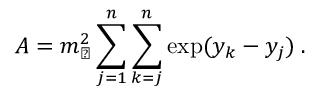
A = m _ { \perp } ^ { 2 } \sum _ { j = 1 } ^ { n } \sum _ { k = j } ^ { n } \exp ( y _ { k } - y _ { j } ) \; .